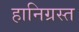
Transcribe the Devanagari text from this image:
हानिग्रस्त